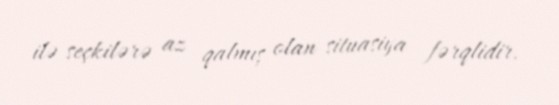
ilə seçkilərə az qalmış olan situasiya fərqlidir.